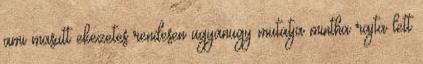
ami masutt ekezetes rendesen ugyanugy mutatja mintha rajta lett